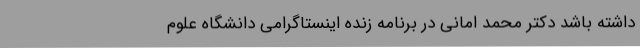
داشته باشد دکتر محمد امانی در برنامه زنده اینستاگرامی دانشگاه علوم